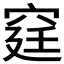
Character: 𥥶